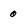
Character: 0